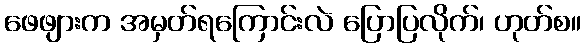
ဖေဖျားက အမှတ်ရကြောင်းလဲ ပြောပြလိုက်၊ ဟုတ်စ။